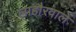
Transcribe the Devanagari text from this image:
लाहौरवाले